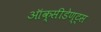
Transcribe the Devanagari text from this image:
ऑक्सीडेण्ट्स